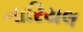
નારિયલ